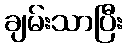
ချမ်းသာပြီး